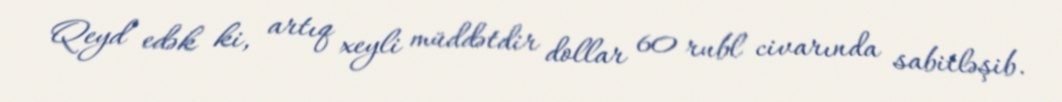
Qeyd edək ki, artıq xeyli müddətdir dollar 60 rubl civarında sabitləşib.